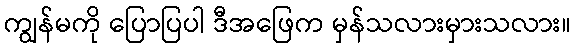
ကျွန်မကို ပြောပြပါ ဒီအဖြေက မှန်သလားမှားသလား။